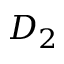
D _ { 2 }